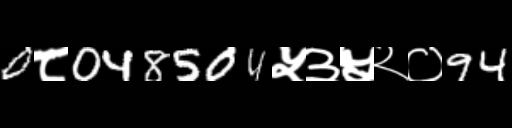
Text: 0८048504५३५२०94